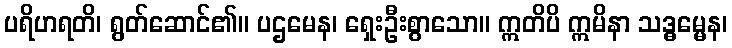
ပရိဟရတိ၊ ရွတ်ဆောင်၏။ ပဌမေန၊ ရှေးဦးစွာသော။ ဣတိပိ ဣမိနာ သဒ္ဓမ္မေန၊